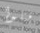
قتلوا